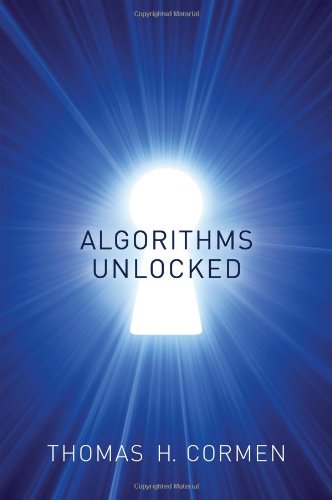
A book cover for Algorithms Unlocked; Thomas H. Cormen; Computers & Technology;